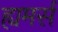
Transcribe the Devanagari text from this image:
ह्यमर्स